[Report on the health of British troops in the Madras command]
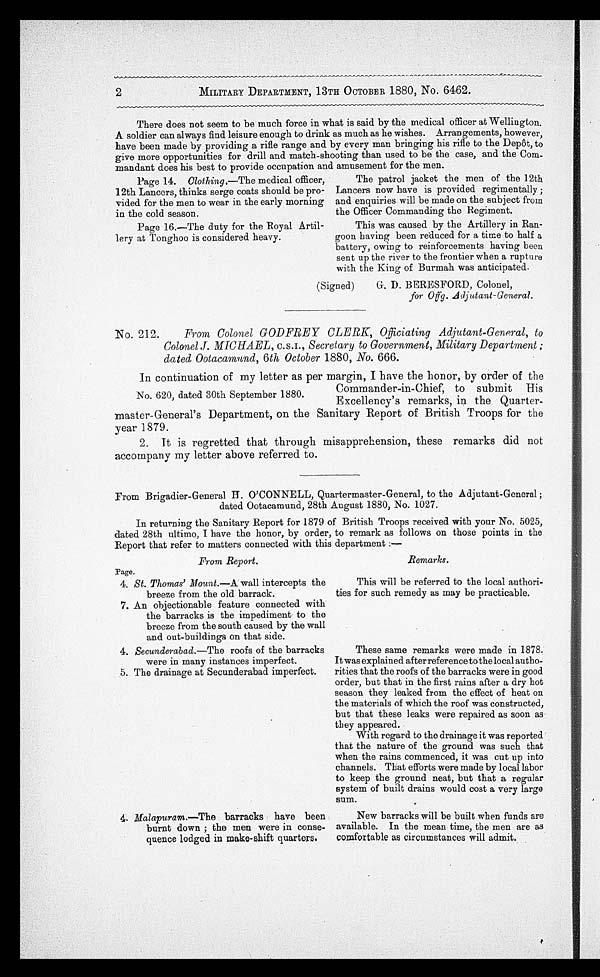
2
MILITARY DEPARTMENT, 13TH OCTOBER 1880, No. 6462.
There does not seem to be much force in what is said by the medical officer at Wellington.
A soldier can always find leisure enough to drink as much as he wishes. Arrangements, however,
have been made by providing a rifle range and by every man bringing his rifle to the Depôt, to
give more opportunities for drill and match-shooting than used to be the case, and the Com--
mandant does his best to provide occupation and amusement for the men.
Page 14. Clothing.—The medical officer, The patrol jacket the men of the 12th
12th Lancers, thinks serge coats should be pro- Lancers now have is provided regimentally ;
vided for the men to wear in the early morning and enquiries will be made on the subject from
in the cold season.
the Officer Commanding the Regiment.
Page 16.—The duty for the Royal Artil-
This was caused by the Artillery in Ran-
lery at Tonghoo is considered heavy. goon having been reduced for a time to half a
battery, owing to reinforcements having been
sent up the river to the frontier when a rupture
with the King of Burmah was anticipated.
(Signed)
G. D. BERESFORD, Colonel,
for Offg. Adjutant-General.
No. 212. From Colonel GODFREY CLERK, Officiating Adjutant-General, to
Colonel J. MICHAEL, C.S.I. , Secretary to Government, Military Department ;
dated Ootacamund, 6 th October 1880, No. 666.
In continuation of my letter as per margin, I have the honor, by order of the
No. 620, dated 30th September 1880.
Commander-in- Chief, to submit His
Excellency's remarks, in the Quarter-
master-General's Department, on the Sanitary Report of British Troops for the
year 1 879.
2. It is regretted that through misapprehension, these remarks did not
accompany my letter above referred to.
From Brigadier-General H. O'CONNELL, Quartermaster-General, to the Adjutant-General ;
dated Ootacamund, 28th August 1880, No. 1027.
In returning the Sanitary Report for 1879 of British Troops received with your No. 5025,
dated 28th ultimo, I have the honor, by order, to remark as follows on those points in the
Report that refer to matters connected with this department :—
From Report.
Page.
4. St. Thomas' Mount.—A wall intercepts the
breeze from the old barrack.
7. An objectionable feature connected with
the barracks is the impediment to the
breeze from the south caused by the wall
and out-buildings on that side.
4. Secunderabad.—The roofs of the barracks
were in many instances imperfect.
5. The drainage at Secunderabad imperfect.
Remarks.
This will be referred to the local authori-
ties for such remedy as may be practicable.
These same remarks were made in 1878.
It was explained after reference to the local autho-
rities that the roofs of the barracks were in good
order, but that in the first rains after a dry hot
season they leaked from the effect of heat on
the materials of which the roof was constructed,
but that these leaks were repaired as soon as
they appeared.
With regard to the drainage it was reported
that the nature of the ground was such that
when the rains commenced, it was cut up into
channels. That efforts were made by local labor
to keep the ground neat, but that a regular
system of built drains would cost a very large
sum.
4 . Malapuram. —The barracks have been
New barracks will be built when funds are
burnt down ; the men were in conse- available. In the mean time, the men are as
quence lodged in make-shift quarters.
comfortable as circumstances will admit.